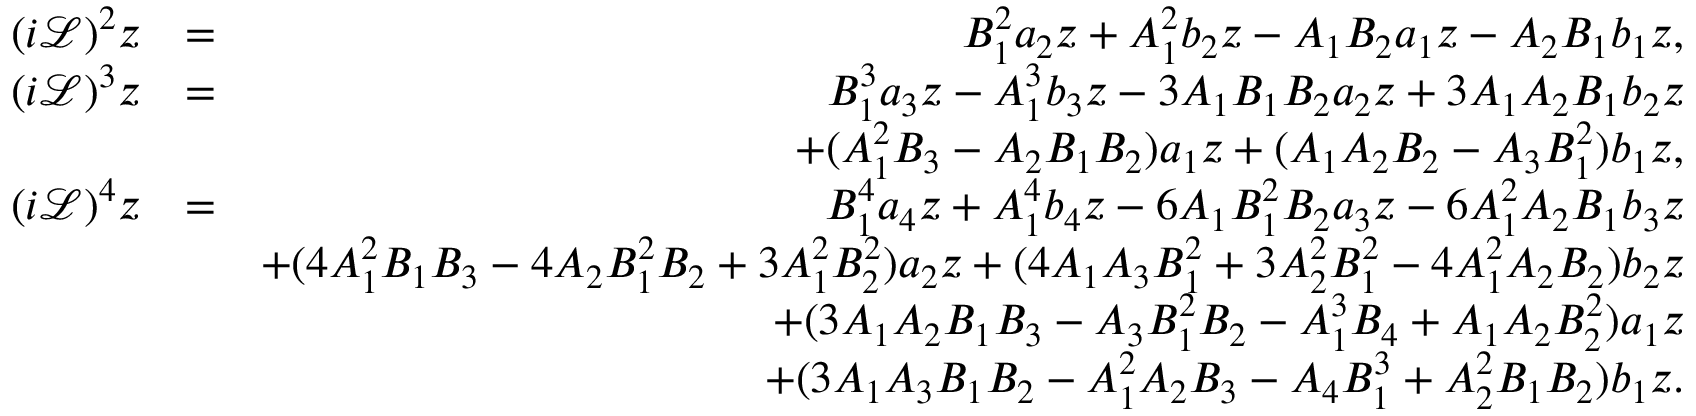
\begin{array} { r l r } { ( i \mathcal { L } ) ^ { 2 } z } & { = } & { B _ { 1 } ^ { 2 } a _ { 2 } z + A _ { 1 } ^ { 2 } b _ { 2 } z - A _ { 1 } B _ { 2 } a _ { 1 } z - A _ { 2 } B _ { 1 } b _ { 1 } z , } \\ { ( i \mathcal { L } ) ^ { 3 } z } & { = } & { B _ { 1 } ^ { 3 } a _ { 3 } z - A _ { 1 } ^ { 3 } b _ { 3 } z - 3 A _ { 1 } B _ { 1 } B _ { 2 } a _ { 2 } z + 3 A _ { 1 } A _ { 2 } B _ { 1 } b _ { 2 } z } \\ & { } & { + ( A _ { 1 } ^ { 2 } B _ { 3 } - A _ { 2 } B _ { 1 } B _ { 2 } ) a _ { 1 } z + ( A _ { 1 } A _ { 2 } B _ { 2 } - A _ { 3 } B _ { 1 } ^ { 2 } ) b _ { 1 } z , } \\ { ( i \mathcal { L } ) ^ { 4 } z } & { = } & { B _ { 1 } ^ { 4 } a _ { 4 } z + A _ { 1 } ^ { 4 } b _ { 4 } z - 6 A _ { 1 } B _ { 1 } ^ { 2 } B _ { 2 } a _ { 3 } z - 6 A _ { 1 } ^ { 2 } A _ { 2 } B _ { 1 } b _ { 3 } z } \\ & { } & { + ( 4 A _ { 1 } ^ { 2 } B _ { 1 } B _ { 3 } - 4 A _ { 2 } B _ { 1 } ^ { 2 } B _ { 2 } + 3 A _ { 1 } ^ { 2 } B _ { 2 } ^ { 2 } ) a _ { 2 } z + ( 4 A _ { 1 } A _ { 3 } B _ { 1 } ^ { 2 } + 3 A _ { 2 } ^ { 2 } B _ { 1 } ^ { 2 } - 4 A _ { 1 } ^ { 2 } A _ { 2 } B _ { 2 } ) b _ { 2 } z } \\ & { } & { + ( 3 A _ { 1 } A _ { 2 } B _ { 1 } B _ { 3 } - A _ { 3 } B _ { 1 } ^ { 2 } B _ { 2 } - A _ { 1 } ^ { 3 } B _ { 4 } + A _ { 1 } A _ { 2 } B _ { 2 } ^ { 2 } ) a _ { 1 } z } \\ & { } & { + ( 3 A _ { 1 } A _ { 3 } B _ { 1 } B _ { 2 } - A _ { 1 } ^ { 2 } A _ { 2 } B _ { 3 } - A _ { 4 } B _ { 1 } ^ { 3 } + A _ { 2 } ^ { 2 } B _ { 1 } B _ { 2 } ) b _ { 1 } z . } \end{array}